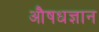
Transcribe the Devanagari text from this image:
औषधज्ञान